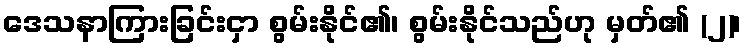
ဒေသနာကြားခြင်းငှာ စွမ်းနိုင်၏၊ စွမ်းနိုင်သည်ဟု မှတ်၏ (၂)၊